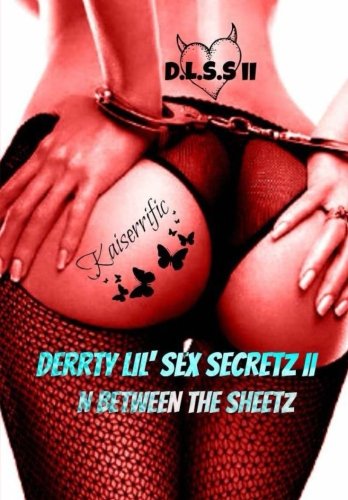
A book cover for Derrty Lil' Sex Secretz II: N Between The Sheetz; Kaiserrific; Romance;